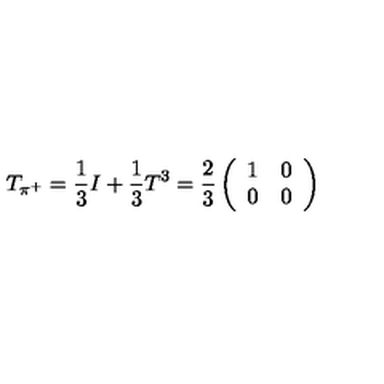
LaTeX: T _ { \pi ^ { + } } = \frac 1 3 I + \frac 1 3 T ^ { 3 } = \frac 2 3 \left( \begin{array} { l l } { 1 } & { 0 } \\ { 0 } & { 0 } \\ \end{array} \right)